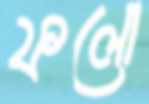
ফলো